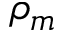
\rho _ { m }